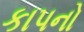
કાપનો